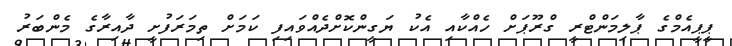
ޕީޕީއެމްގެ ޕާލިމަންޓްރީ ގްރޫޕަށް ހެއްކާއި އެކު ޔަގީންކޮށްދެއްވައިފި ކަމަށް ތިމަރަފުށީ ދާއިރާގެ މެންބަރު